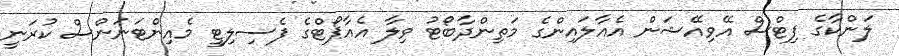
ލަންކާގެ ފިޓްސް އޭވިއޭޝަން އެއާލައިންގެ މަތިންދާބޯޓު ވިލާ އެއާޕޯޓްގެ ފެސިލިޓީ މެއިންޓަނަންސް ކުރަނީ